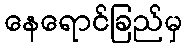
နေရောင်ခြည်မှ